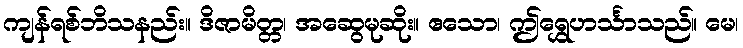
ကျန်ရစ်ဘိသနည်း။ ဒိဇာမိတ္တ၊ အဆွေမုဆိုး။ ဧသော၊ ဤရွှေဟင်္သာသည်။ မေ၊